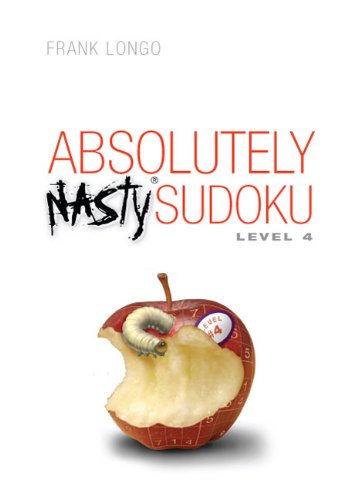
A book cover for Absolutely Nasty Sudoku Level 4; Frank Longo; Humor & Entertainment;